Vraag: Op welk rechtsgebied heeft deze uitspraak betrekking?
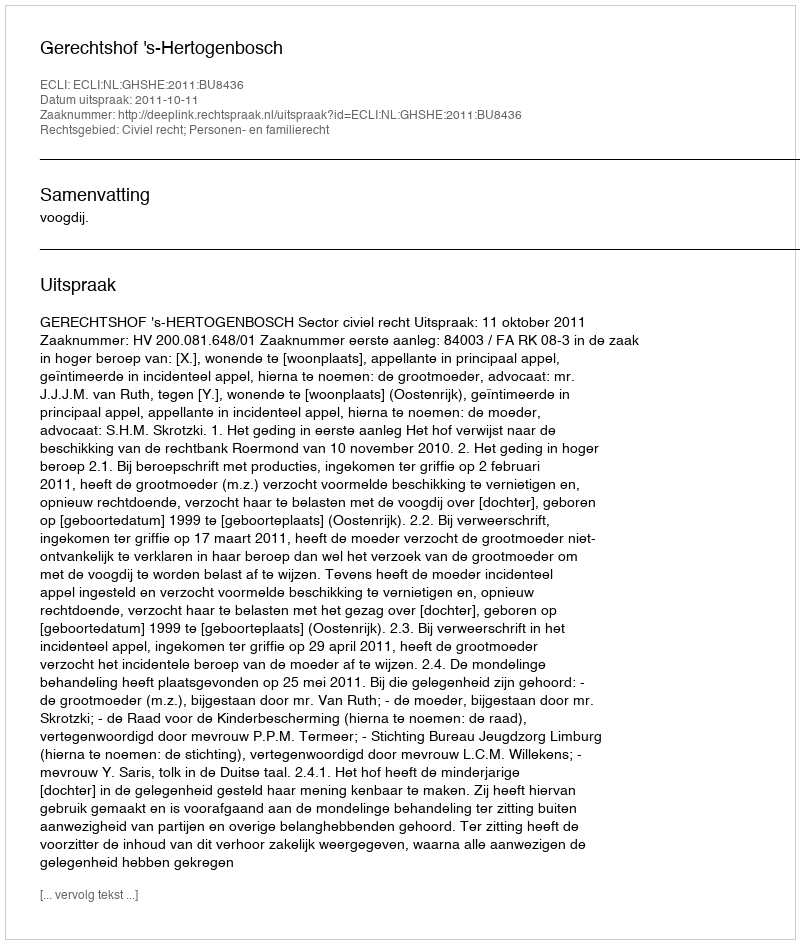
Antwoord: Civiel recht; Personen- en familierecht